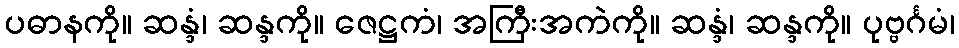
ပဓာနကို။ ဆန္ဒံ၊ ဆန္ဒကို။ ဇေဋ္ဌကံ၊ အကြီးအကဲကို။ ဆန္ဒံ၊ ဆန္ဒကို။ ပုဗ္ဗင်္ဂမံ၊